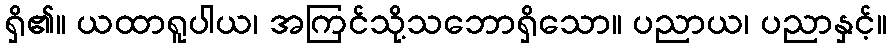
ရှိ၏။ ယထာရူပါယ၊ အကြင်သို့သဘောရှိသော။ ပညာယ၊ ပညာနှင့်။